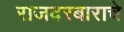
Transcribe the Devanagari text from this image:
राजदरबाराचे